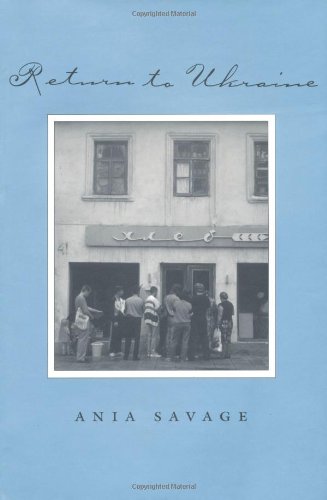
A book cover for Return to Ukraine (Texas A&M University Press, College Station, Tex.); Ania Savage; Travel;